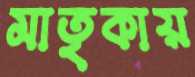
মাতৃকায়